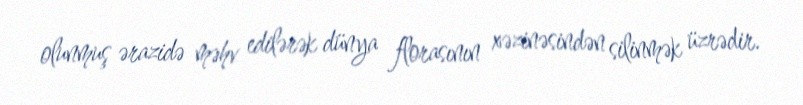
olunmuş ərazidə məhv edilərək dünya florasının xəzinəsindən silinmək üzrədir.